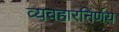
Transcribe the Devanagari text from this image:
व्यवहारनिर्णय